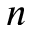
n